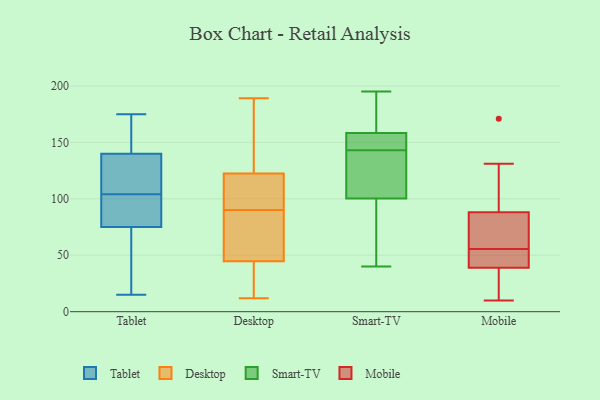
{"axis": {"x": "Population (Million)", "y": "Value"}, "legend": ["Desktop", "Mobile", "Smart-TV", "Tablet"], "data": [{"x": "", "y": 111, "type": "Tablet"}, {"x": "", "y": 92, "type": "Tablet"}, {"x": "", "y": 136, "type": "Tablet"}, {"x": "", "y": 91, "type": "Tablet"}, {"x": "", "y": 22, "type": "Tablet"}, {"x": "", "y": 120, "type": "Tablet"}, {"x": "", "y": 56, "type": "Tablet"}, {"x": "", "y": 82, "type": "Tablet"}, {"x": "", "y": 151, "type": "Tablet"}, {"x": "", "y": 175, "type": "Tablet"}, {"x": "", "y": 68, "type": "Tablet"}, {"x": "", "y": 98, "type": "Tablet"}, {"x": "", "y": 165, "type": "Tablet"}, {"x": "", "y": 145, "type": "Tablet"}, {"x": "", "y": 110, "type": "Tablet"}, {"x": "", "y": 143, "type": "Tablet"}, {"x": "", "y": 93, "type": "Tablet"}, {"x": "", "y": 19, "type": "Tablet"}, {"x": "", "y": 15, "type": "Tablet"}, {"x": "", "y": 137, "type": "Tablet"}, {"x": "", "y": 42, "type": "Desktop"}, {"x": "", "y": 189, "type": "Desktop"}, {"x": "", "y": 53, "type": "Desktop"}, {"x": "", "y": 96, "type": "Desktop"}, {"x": "", "y": 12, "type": "Desktop"}, {"x": "", "y": 99, "type": "Desktop"}, {"x": "", "y": 127, "type": "Desktop"}, {"x": "", "y": 112, "type": "Desktop"}, {"x": "", "y": 42, "type": "Desktop"}, {"x": "", "y": 25, "type": "Desktop"}, {"x": "", "y": 90, "type": "Desktop"}, {"x": "", "y": 126, "type": "Desktop"}, {"x": "", "y": 82, "type": "Desktop"}, {"x": "", "y": 163, "type": "Desktop"}, {"x": "", "y": 54, "type": "Desktop"}, {"x": "", "y": 100, "type": "Smart-TV"}, {"x": "", "y": 151, "type": "Smart-TV"}, {"x": "", "y": 192, "type": "Smart-TV"}, {"x": "", "y": 115, "type": "Smart-TV"}, {"x": "", "y": 69, "type": "Smart-TV"}, {"x": "", "y": 151, "type": "Smart-TV"}, {"x": "", "y": 148, "type": "Smart-TV"}, {"x": "", "y": 156, "type": "Smart-TV"}, {"x": "", "y": 49, "type": "Smart-TV"}, {"x": "", "y": 118, "type": "Smart-TV"}, {"x": "", "y": 159, "type": "Smart-TV"}, {"x": "", "y": 40, "type": "Smart-TV"}, {"x": "", "y": 58, "type": "Smart-TV"}, {"x": "", "y": 105, "type": "Smart-TV"}, {"x": "", "y": 101, "type": "Smart-TV"}, {"x": "", "y": 184, "type": "Smart-TV"}, {"x": "", "y": 173, "type": "Smart-TV"}, {"x": "", "y": 143, "type": "Smart-TV"}, {"x": "", "y": 195, "type": "Smart-TV"}, {"x": "", "y": 171, "type": "Mobile"}, {"x": "", "y": 88, "type": "Mobile"}, {"x": "", "y": 55, "type": "Mobile"}, {"x": "", "y": 49, "type": "Mobile"}, {"x": "", "y": 10, "type": "Mobile"}, {"x": "", "y": 97, "type": "Mobile"}, {"x": "", "y": 56, "type": "Mobile"}, {"x": "", "y": 39, "type": "Mobile"}, {"x": "", "y": 63, "type": "Mobile"}, {"x": "", "y": 15, "type": "Mobile"}, {"x": "", "y": 93, "type": "Mobile"}, {"x": "", "y": 131, "type": "Mobile"}, {"x": "", "y": 76, "type": "Mobile"}, {"x": "", "y": 40, "type": "Mobile"}, {"x": "", "y": 44, "type": "Mobile"}, {"x": "", "y": 60, "type": "Mobile"}, {"x": "", "y": 19, "type": "Mobile"}, {"x": "", "y": 25, "type": "Mobile"}]}